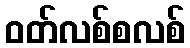
ဝတ်လစ်စလစ်